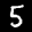
Label: 5